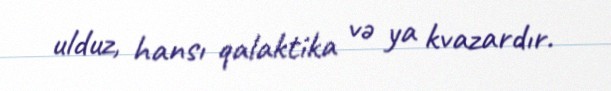
ulduz, hansı qalaktika və ya kvazardır.